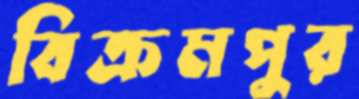
বিক্রমপুর